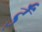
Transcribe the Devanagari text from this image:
ईँ